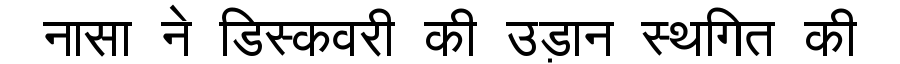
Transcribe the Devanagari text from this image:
नासा ने डिस्कवरी की उड़ान स्थगित की